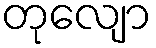
တုလျော